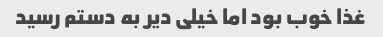
غذا خوب بود اما خیلی دیر به دستم رسید